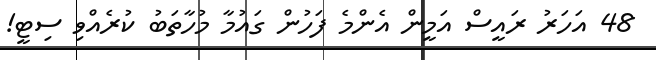
48 އަހަރު ރައީސް އަމީން އެންމެ ފަހުން ގައުމާ މުހާތަބު ކުރެއްވި ސިޓީ!